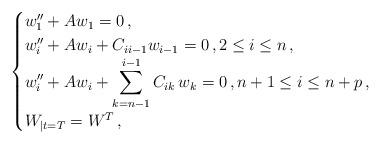
LaTeX: \begin{align*}\begin{cases}w_1^{\prime\prime} + A w_1 = 0 \,,\\w_i^{\prime\prime} + A w_i+ C_{i i-1}w_{i-1} = 0 \,, 2 \le i \le n \,, \\\displaystyle{w_{i}^{\prime\prime} + A w_{i}+ \sum_{k=n-1}^{i-1} C_{i k}\,w_k =0 \,, n+1 \le i \le n+p \,,}\\W_{|t=T}=W^T \,,\end{cases}\end{align*}